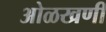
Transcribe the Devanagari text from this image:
ओळखणी